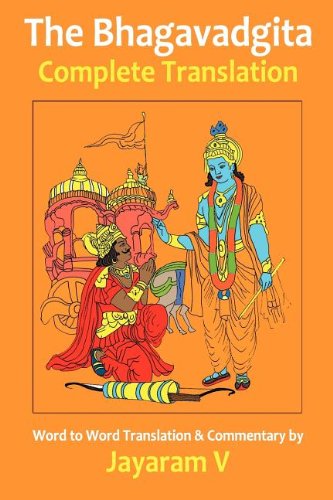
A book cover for The Bhagavadgita Complete Translation; Jayaram V; Religion & Spirituality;